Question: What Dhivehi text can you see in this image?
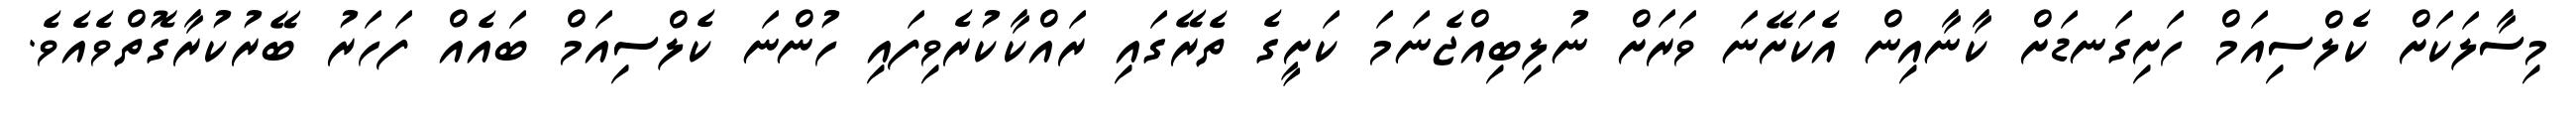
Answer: މިސާލަކަށް ކެލްސިއަމް ހަށިގަނޑަށް ކާނާއިން އެކަށޭނަ ވަރަށް ނުލިބިއްޖެނަމަ ކަށީގެ ތެރޭގައި ރައްކާކުރެވިފައި ހުންނަ ކެލްސިއަމް ބައެއް ފަހަރު ބޭރުކުރާގޮތްވެއެވެ.